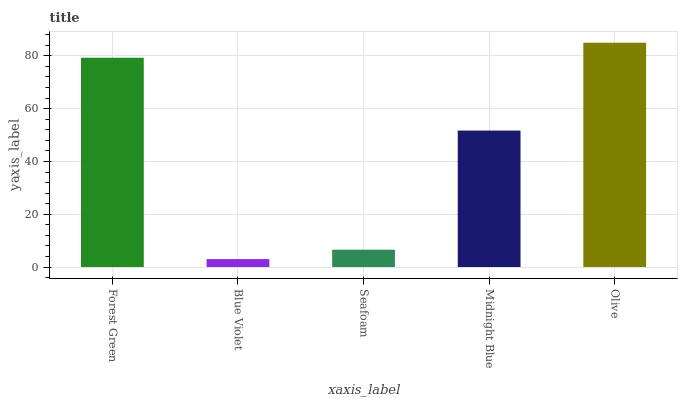
| xaxis_label | bars |
 | --- | --- |
 | Forest Green | 79.3 |
 | Blue Violet | 3.02 |
 | Seafoam | 6.56 |
 | Midnight Blue | 51.7 |
 | Olive | 85 |